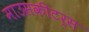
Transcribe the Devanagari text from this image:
माउसकीटर्स